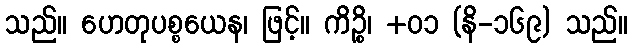
သည်။ ဟေတုပစ္စယေန၊ ဖြင့်။ ကိဉ္စိ၊ +၀၁ (နိ-၁၆၉) သည်။